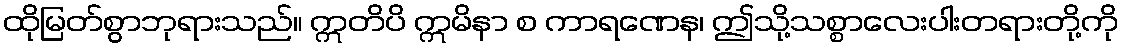
ထိုမြတ်စွာဘုရားသည်။ ဣတိပိ ဣမိနာ စ ကာရဏေန၊ ဤသို့သစ္စာလေးပါးတရားတို့ကို